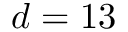
d = 1 3